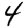
Digit: 4